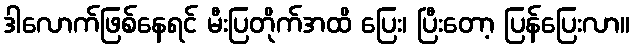
ဒါလောက်ဖြစ်နေရင် မီးပြတိုက်အထိ ပြေး၊ ပြီးတော့ ပြန်ပြေးလာ။